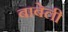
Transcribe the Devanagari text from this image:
बाबेली